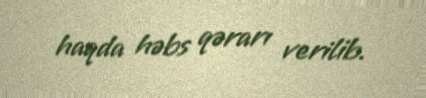
haqda həbs qərarı verilib.